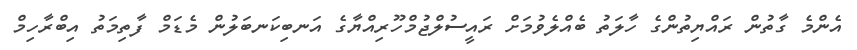
އެންމެ ގާތުން ރައްޔިތުންގެ ހާލަތު ބެއްލެވުމަށް ރައީސުލްޖުމްހޫރިއްޔާގެ އަނބިކަނބަލުން މެޑަމް ފާތިމަތު އިބްރާހިމް